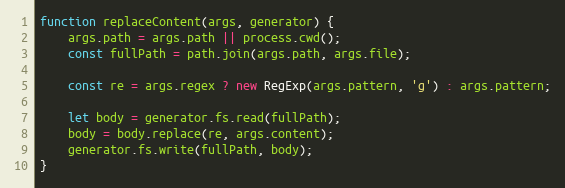
Language: JavaScript
function replaceContent(args, generator) {
    args.path = args.path || process.cwd();
    const fullPath = path.join(args.path, args.file);

    const re = args.regex ? new RegExp(args.pattern, 'g') : args.pattern;

    let body = generator.fs.read(fullPath);
    body = body.replace(re, args.content);
    generator.fs.write(fullPath, body);
}